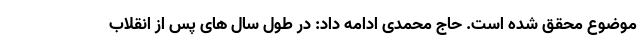
موضوع محقق شده است. حاج محمدی ادامه داد: در طول سال های پس از انقلاب